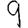
Digit: 9